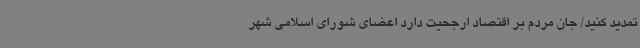
تمدید کنید/ جان مردم بر اقتصاد ارجحیت دارد اعضای شورای اسلامی شهر